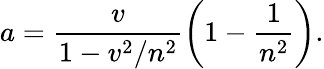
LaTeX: a=\frac{v}{1-v^{2}/n^{2}}\left(1-\frac{1}{n^{2}}\right).